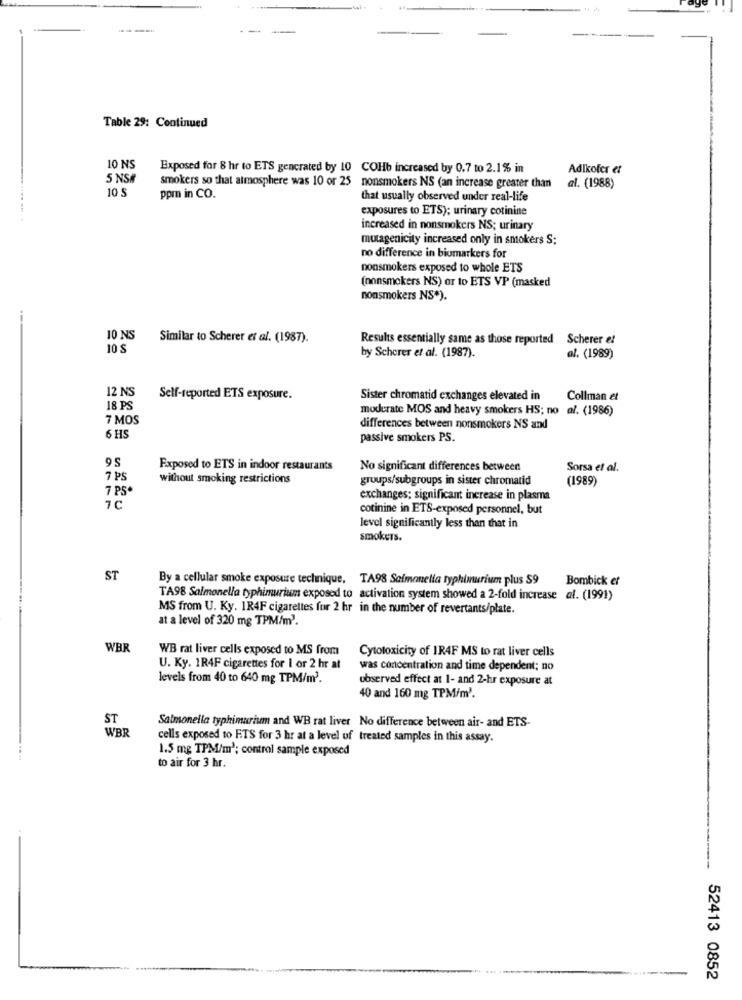
Table 29: Continued
10 NS
Exposed for 8 hr to ETS gencrated by 10 COHb increased by 0.7 to 2.1% in
Adlkofer et
5 NSM
10 S
smokers so that atmosphere was 10 or 25 nonsmokers NS (an increase greater than
al. (1988)
ppm in CO.
that usually observed under real-life
exposures to ETS); urinary cotinine
increased in nonsmokers NS; urinary
mutagenicity increased only in smokers S;
no difference in biomarkers for
nonsmokers exposed to whole ETS
(nonsmokers NS) or to ETS VP (masked
nonsmokers NS*).
10 NS
Similar to Scherer et al. (1987).
Results essentially same as those reported Scherer et
10 S
by Scherer et al. (1987).
al. (1989)
12 NS
Self-reported ETS exposure.
Sister chromatid exchanges elevated in
Collman et
18 PS
moderate MOS and heavy smokers HS; no al. (1986)
7 MOS
differences between nonsmokers NS and
6 HS
passive smokers PS.
95
Exposed to ETS in indoor restaurants
No significant differences between!
Sorsa et al.
7 PS
without smoking restrictions
groups/subgroups in sister chromatid
(1989)
7 PS*
exchanges; significant increase in plasma
7C
cotinine in ETS-exposed personnel, but
level significantly less than that in
smokers.
ST
By a cellular smoke exposure technique, TA98 Salmonella typhimurium plus S9
Bombick et
TA98 Salmonella typhimurium exposed to activation system showed a 2-fold increase al. (1991)
MS from U. Ky. 1R4F cigarettes fur 2 hr in the number of revertants/plate.
at a level of 320 mg TPM/m2.
WBR
WB rat liver cells exposed to MS from
Cytotoxicity of IR4F MS to rat liver cells
U. Ky. 1R4F cigarettes for I or 2 hr at
was concentration and time dependent; no
levels from 40 to 640 mg TPM/m2.
observed effect at 1- and 2-hr exposure at
40 and 160 mg TPM/m'.
ST
Salmonella typhimurium and WB rat liver No difference between air- and ETS-
WBR
cells exposed to FTS for 3 hr at a level of treated samples in this assay.
1.5 mg TPM/m3; control sample exposed
to air for 3 hr.
52413 0852